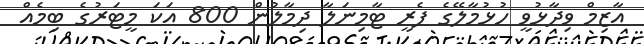
އާޒިމް ވިދާޅުވީ ހުޅުމާލޭގެ ފެރީ ޓާމިނަލާ ދިމާލުން 800 އަކަ މީޓަރުގެ ބިމެއް